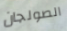
الصولجان